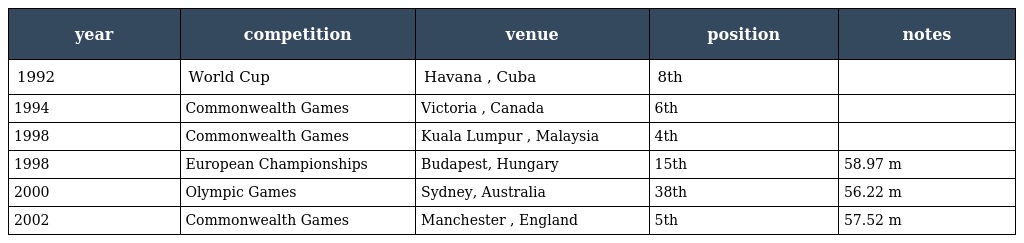
| year | competition | venue | position | notes |
 | --- | --- | --- | --- | --- |
 | 1992 | World Cup | Havana , Cuba | 8th |  |
 | 1994 | Commonwealth Games | Victoria , Canada | 6th |  |
 | 1998 | Commonwealth Games | Kuala Lumpur , Malaysia | 4th |  |
 | 1998 | European Championships | Budapest, Hungary | 15th | 58.97 m |
 | 2000 | Olympic Games | Sydney, Australia | 38th | 56.22 m |
 | 2002 | Commonwealth Games | Manchester , England | 5th | 57.52 m |